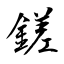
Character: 鎈